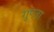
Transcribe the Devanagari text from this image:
गुएना